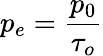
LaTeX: p_{e}={\frac{p_{0}}{\tau_{o}}}